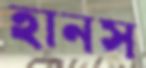
হানস